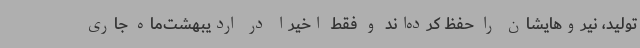
تولید، نیروهایشان را حفظ کرده‌اند و فقط اخیراً در اردیبهشت‌ماه جاری